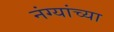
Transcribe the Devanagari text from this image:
नंग्यांच्या